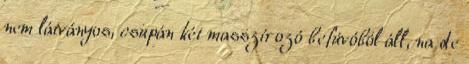
nem látványos, csupán két masszírozó befúvóból áll, na de